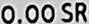
0.00 SR